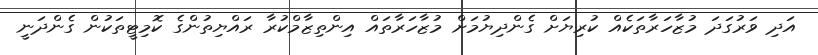
އަދި ވަރުގަދަ މުޒާހަރާތަކެއް ކުރިޔަށް ގެންދިޔުމަށް މުޒާހަރާތައް އިންތިޒާމްކުރާ ރައްޔިތުންގެ ކޮމިޓީތަކުން ގެންދަނީ